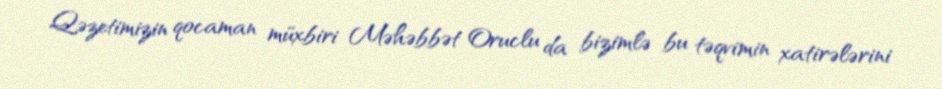
Qəzetimizin qocaman müxbiri Məhəbbət Oruclu da bizimlə bu təqvimin xatirələrini